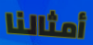
أمثالنا